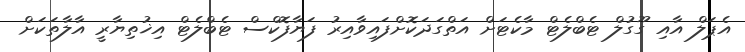
އެޕަލް އާއި ގޫގުލް ޓެބްލެޓް މާކެޓަށް އަތްގަދަކޮށްފައިވާއިރު ފަޔާފޮކްސް ޓެބްލެޓް އިޚުތިޔާރީ އާލާތަކަށް